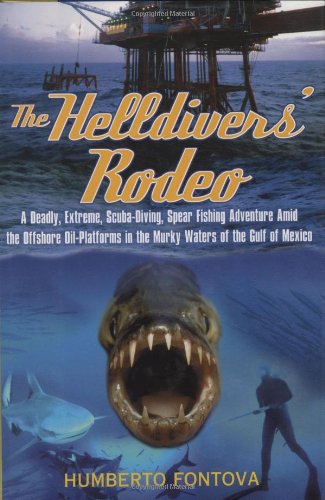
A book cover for The Helldivers' Rodeo: A Deadly, Extreme, Scuba-Diving, Spear Fishing Adventure Amid the Offshore Oil-Platforms in the Murky Waters of the Gulf of Mexico; Humberto Fontova; Health, Fitness & Dieting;